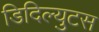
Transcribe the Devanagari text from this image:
डिदिल्युटस